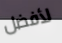
لأفضل